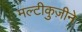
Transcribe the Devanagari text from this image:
मल्टीकुज़ीने